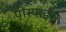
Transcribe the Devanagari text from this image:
पीस्पाइस